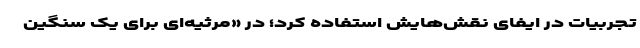
تجربیات در ایفای نقش‌هایش استفاده کرد؛ در «مرثیه‌ای برای یک سنگین